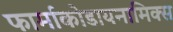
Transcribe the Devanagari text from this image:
फार्माकोडायनामिक्स